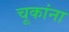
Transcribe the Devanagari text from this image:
चूकांना